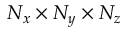
{ N _ { x } } \times { N _ { y } } \times { N _ { z } }